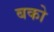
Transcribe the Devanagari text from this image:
बको